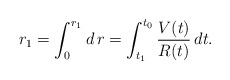
\begin{align*}r_{1}=\int_0^{r_1} d\,r=\int_{t_{1}}^{t_{0}}\frac{V(t)}{R(t)}\,dt.\end{align*}